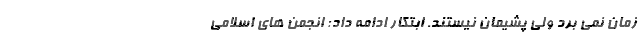
زمان نمی برد ولی پشیمان نیستند. ابتکار ادامه داد: انجمن های اسلامی